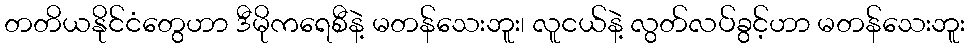
တတိယနိုင်ငံတွေဟာ ဒီမိုကရေစီနဲ့ မတန်သေးဘူး၊ လူငယ်နဲ့ လွတ်လပ်ခွင့်ဟာ မတန်သေးဘူး